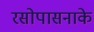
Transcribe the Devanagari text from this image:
रसोपासनाके